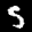
Label: 5